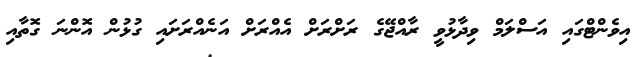
އިވެންޓްގައި އަސްލަމް ވިދާޅުވީ ރާއްޖޭގެ ރަށްރަށް އެއްރަށް އަނެއްރަށައި ގުޅުން އޮންނަ ގޮތާއި